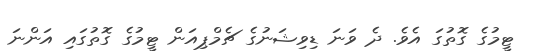
ޓީމުގެ ގޮތުގަ އެވެ. ދެ ވަނަ ޑިވިޝަނުގެ ޗެމްޕިއަން ޓީމުގެ ގޮތުގައި އަންނަ